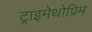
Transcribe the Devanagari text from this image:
ट्राइमेथोप्रिम